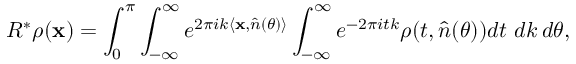
R ^ { * } \rho ( \mathbf { x } ) = \int _ { 0 } ^ { \pi } \int _ { - \infty } ^ { \infty } e ^ { 2 \pi i k \langle \mathbf { x } , \hat { n } ( \theta ) \rangle } \int _ { - \infty } ^ { \infty } e ^ { - 2 \pi i t k } \rho ( t , \hat { n } ( \theta ) ) d t \, \, d k \, d \theta ,